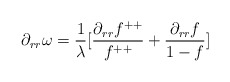
\begin{align*}\partial_{rr}\omega=\frac{1}{\lambda}[\frac{\partial_{rr}f^{++}}{f^{++}}+\frac{\partial_{rr}f}{1-f}]\end{align*}